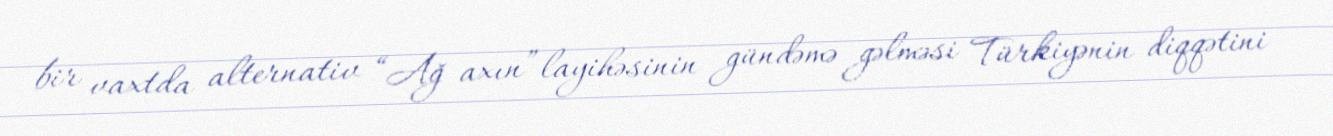
bir vaxtda alternativ “Ağ axın” layihəsinin gündəmə gəlməsi Türkiyənin diqqətini